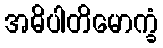
အဓိပါတိမောက္ခံ